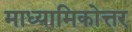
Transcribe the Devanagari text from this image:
माध्यामिकोत्तर